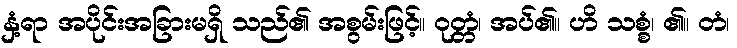
နှံ့ရာ အပိုင်းအခြားမရှိ သည်၏ အစွမ်းဖြင့်။ ဝုတ္တံ၊ အပ်၏။ ဟိ သစ္စံ၊ ၏။ တံ၊